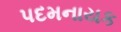
પદમનાયક